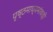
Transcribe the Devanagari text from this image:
पृष्ठमाध्यमांवरही